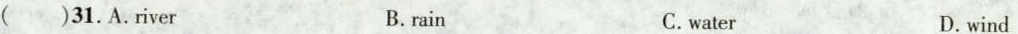
( )31.A.river B.rain C.water D.wind